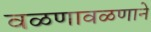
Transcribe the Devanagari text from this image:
वळणावळणाने